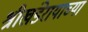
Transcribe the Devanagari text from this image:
श्रीखंडेरायाच्या